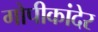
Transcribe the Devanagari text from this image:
गोपीकांदेर